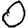
Digit: 0